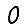
Digit: 0